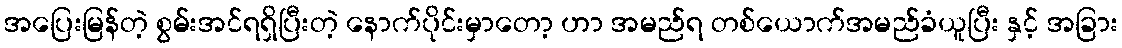
အပြေးမြန်တဲ့ စွမ်းအင်ရရှိပြီးတဲ့ နောက်ပိုင်းမှာတော့ ဟာ အမည်ရ တစ်ယောက်အမည်ခံယူပြီး နှင့် အခြား